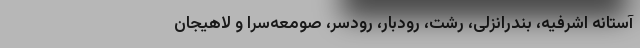
آستانه اشرفیه، بندرانزلی، رشت، رودبار، رودسر، صومعه‌سرا و لاهیجان